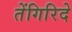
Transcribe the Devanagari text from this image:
तेंगिरिदे